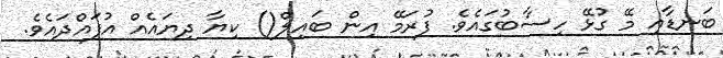
ބަނޑާއި މޭ ގުޅޭ ހިސާބުގައެވެ. ފުރަމޭ އިން ބައިލް() ކިޔާ ދިޔައެއް އުފައްދައެވެ.